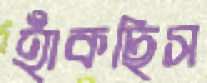
হাঁকছিস